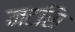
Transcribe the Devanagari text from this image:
नटसि